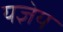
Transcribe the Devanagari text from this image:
यज्ञेय